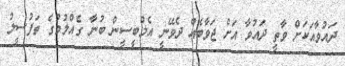
ދައުވާއަކަށް ވާތީ ދައުވާ އަށް ޖަވާބެއް ދެވޭނީ އެމްބީސީން ބުނާ ގެއްލުމުގެ ތަފުސީލު